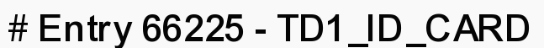
# Entry 66225 - TD1_ID_CARD